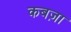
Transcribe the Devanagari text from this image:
कबज़ा